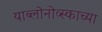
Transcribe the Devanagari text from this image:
याब्लोनोव्स्काच्या